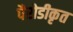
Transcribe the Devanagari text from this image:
पैरोडीकृत